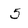
Character: 5